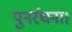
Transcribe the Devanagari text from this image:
पुनर्रचना।